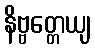
နိဗ္ဗတ္တေယျ